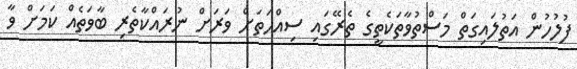
ފުލުހުން އަތުލައިގަތް މަސްތުވާތަކެތީގެ ތެރޭގައި ސިއްހަތަށް ވަރަށް ނުރައްކާތެރި ބާވަތެއް ކަމަށް ވާ